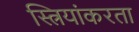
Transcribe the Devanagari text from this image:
स्त्रियांकरता